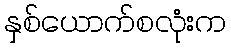
နှစ်ယောက်စလုံးက